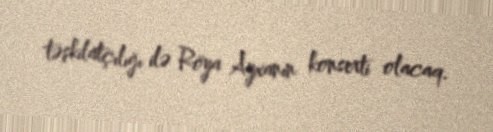
təşkilatçılığı ilə Röya Ayxanın konserti olacaq.